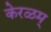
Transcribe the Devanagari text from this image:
केरळम्